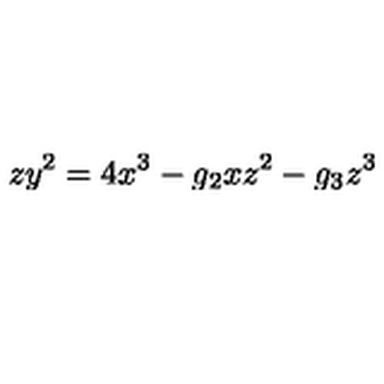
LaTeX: z y ^ { 2 } = 4 x ^ { 3 } - g _ { 2 } x z ^ { 2 } - g _ { 3 } z ^ { 3 }